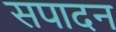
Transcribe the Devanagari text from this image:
सपादन